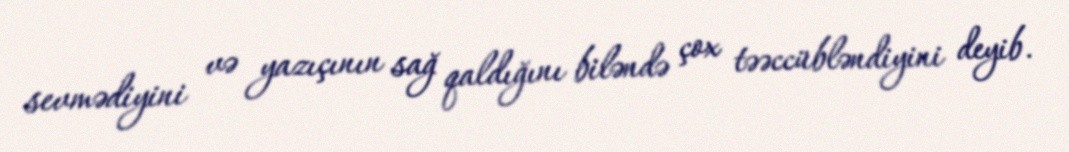
sevmədiyini və yazıçının sağ qaldığını biləndə çox təəccübləndiyini deyib.